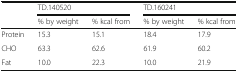
| <ROWSPAN=2>  | <COLSPAN=2> TD.140520 | <COLSPAN=2> TD.160241 |
 | % by weight | % kcal from | % by weight | % kcal from |
 | --- | --- | --- | --- | --- |
 | Protein | 15.3 | 15.1 | 18.4 | 17.9 |
 | CHO | 63.3 | 62.6 | 61.9 | 60.2 |
 | Fat | 10.0 | 22.3 | 10.0 | 21.9 |